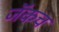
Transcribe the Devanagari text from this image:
जॅकच